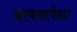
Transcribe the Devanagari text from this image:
कापसापेक्षा